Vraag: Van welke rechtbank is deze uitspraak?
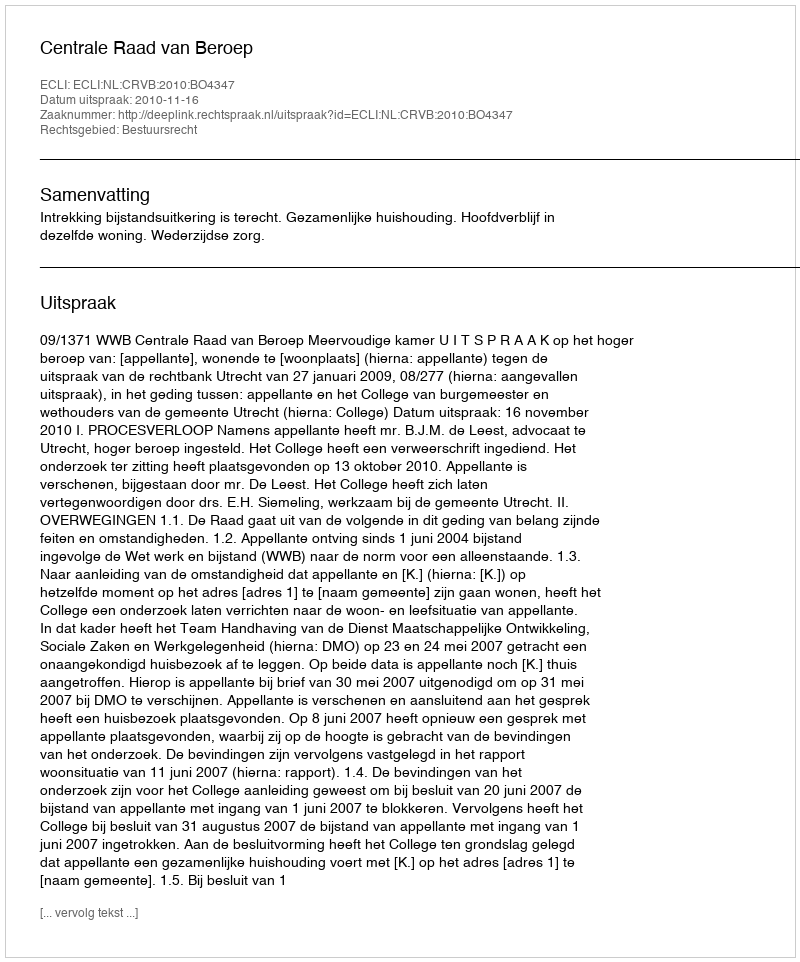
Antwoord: Centrale Raad van Beroep